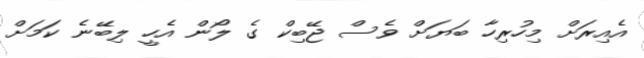
އެއިރަށް މިހުރިހާ ބަޔަށް ވެސް ޖޭބިކް ގެ ލޯން އެހީ ލިބޭނެ ކަމަށް